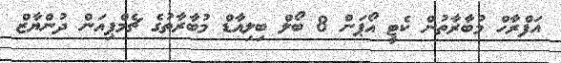
އަފްރާހް މުބާރާތުން ކެޓީ އޯޕަން 8 ބޯލް ބިލިއާޑް މުބާރާތުގެ ޗެމްޕިއަން ދުންޔާޒް